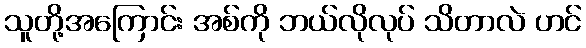
သူတို့အကြောင်း အစ်ကို ဘယ်လိုလုပ် သိတာလဲ ဟင်